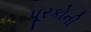
પૂરકોની